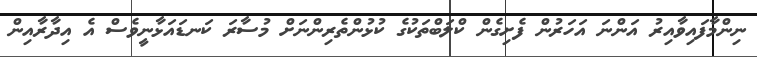
ނިންމާފައިވާއިރު އަންނަ އަހަރުން ފެށިގެން ކްލަބްތަކުގެ ކުޅުންތެރިންނަށް މުސާރަ ކަނޑައަޅާނީވެސް އެ އިދާރާއިން